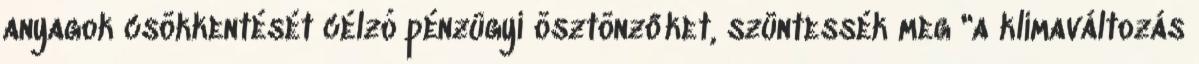
anyagok csökkentését célzó pénzügyi ösztönzőket, szüntessék meg "a klímaváltozás